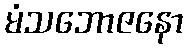
မံသဘောဇနော